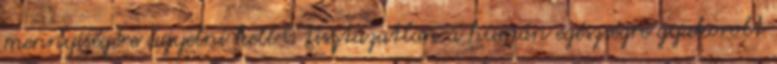
mennyiségére ügyelni kell  tisztázatlan a humán egészségre gyakorolt